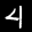
Label: 4